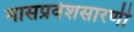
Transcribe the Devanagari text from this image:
मासप्रवेशसारणी